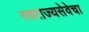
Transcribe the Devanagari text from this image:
स्वराज्यसेवेचा